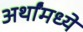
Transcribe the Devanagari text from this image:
अर्थांमध्ये